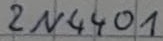
Text: 2N4401